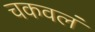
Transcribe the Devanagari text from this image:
चकवलं